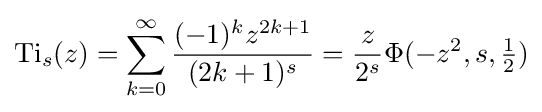
{\textrm {Ti}}_{s}(z)=\sum _{k=0}^{\infty }{\frac {(-1)^{k}z^{2k+1}}{(2k+1)^{s}}}={\frac {z}{2^{s}}}\Phi (-z^{2},s,{\tfrac {1}{2}})